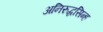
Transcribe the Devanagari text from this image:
अनिरुद्धसिन्ह